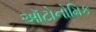
ઑટોનોમિક